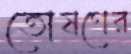
তোষণের